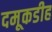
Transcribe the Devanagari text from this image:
दमूकडीह